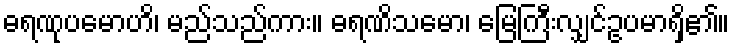
ဓရဏုပမောဟိ၊ မည်သည်ကား။ ဓရဏိသမော၊ မြေကြီးလျှင်ဥပမာရှိ၏။